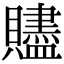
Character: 贐